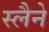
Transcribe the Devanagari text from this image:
स्लैने